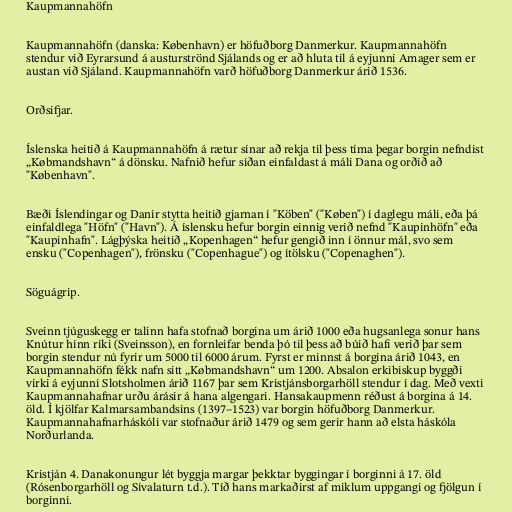
Kaupmannahöfn

Kaupmannahöfn (danska: København) er höfuðborg Danmerkur. Kaupmannahöfn
stendur við Eyrarsund á austurströnd Sjálands og er að hluta til á eyjunni Amager sem er
austan við Sjáland. Kaupmannahöfn varð höfuðborg Danmerkur árið 1536.

Orðsifjar.

Íslenska heitið á Kaupmannahöfn á rætur sínar að rekja til þess tíma þegar borgin nefndist
„Købmandshavn“ á dönsku. Nafnið hefur síðan einfaldast á máli Dana og orðið að
"København".

Bæði Íslendingar og Danir stytta heitið gjarnan í "Köben" ("Køben") í daglegu máli, eða þá
einfaldlega "Höfn" ("Havn"). Á íslensku hefur borgin einnig verið nefnd "Kaupinhöfn" eða
"Kaupinhafn". Lágþýska heitið „Kopenhagen“ hefur gengið inn í önnur mál, svo sem
ensku ("Copenhagen"), frönsku ("Copenhague") og ítölsku ("Copenaghen").

Söguágrip.

Sveinn tjúguskegg er talinn hafa stofnað borgina um árið 1000 eða hugsanlega sonur hans
Knútur hinn ríki (Sveinsson), en fornleifar benda þó til þess að búið hafi verið þar sem
borgin stendur nú fyrir um 5000 til 6000 árum. Fyrst er minnst á borgina árið 1043, en
Kaupmannahöfn fékk nafn sitt „Købmandshavn“ um 1200. Absalon erkibiskup byggði
virki á eyjunni Slotsholmen árið 1167 þar sem Kristjánsborgarhöll stendur í dag. Með vexti
Kaupmannahafnar urðu árásir á hana algengari. Hansakaupmenn réðust á borgina á 14.
öld. Í kjölfar Kalmarsambandsins (1397–1523) var borgin höfuðborg Danmerkur.
Kaupmannahafnarháskóli var stofnaður árið 1479 og sem gerir hann að elsta háskóla
Norðurlanda.

Kristján 4. Danakonungur lét byggja margar þekktar byggingar í borginni á 17. öld
(Rósenborgarhöll og Sívalaturn t.d.). Tíð hans markaðirst af miklum uppgangi og fjölgun í
borginni.